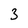
Character: 3